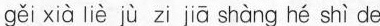
gěi xià liè jù zi jā shàng hé shì de